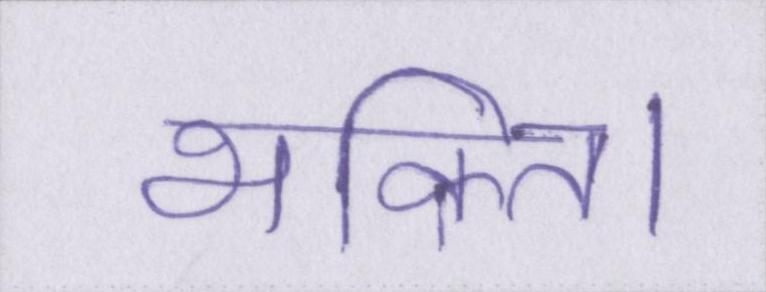
भक्ति।